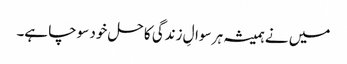
میں نے ہمیشہ ہر سوالِ زندگی کا حل خود سوچا ہے۔